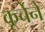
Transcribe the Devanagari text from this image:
कूर्चेने